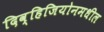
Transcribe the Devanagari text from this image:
दिव्हिजियोनमधील